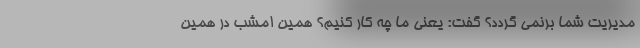
مدیریت شما برنمی گردد؟ گفت: یعنی ما چه کار کنیم؟ همین امشب در همین